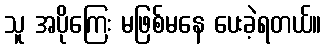
သူ အပိုကြေး မဖြစ်မနေ ပေးခဲ့ရတယ်။